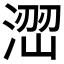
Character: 𱧨